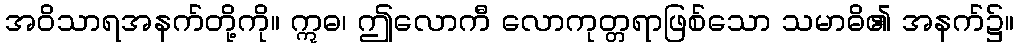
အဝိသာရအနက်တို့ကို။ ဣဓ၊ ဤလောကီ လောကုတ္တရာဖြစ်သော သမာဓိ၏ အနက်၌။